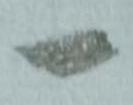
一